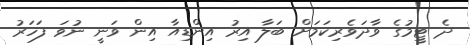
ދެ ޓީމުގެ ވާދަވެރިކަމަށް ބަލާ އިރު އިންޑިއާ އިން ވަނީ ނުވަ ފަހަރު